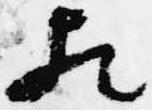
歟